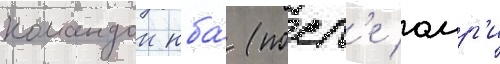
командои нба́ (посл'е омр'и